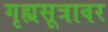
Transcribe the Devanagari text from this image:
गृह्यसूत्रावर